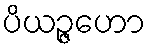
ပိယဉ္ဇဟော